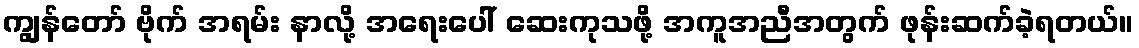
ကျွန်တော် ဗိုက် အရမ်း နာလို့ အရေးပေါ် ဆေးကုသဖို့ အကူအညီအတွက် ဖုန်းဆက်ခဲ့ရတယ်။